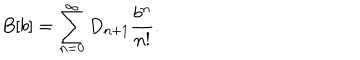
B [ b ] = \sum _ { n = 0 } ^ { \infty } D _ { n + 1 } \frac { b ^ { n } } { n ! } .